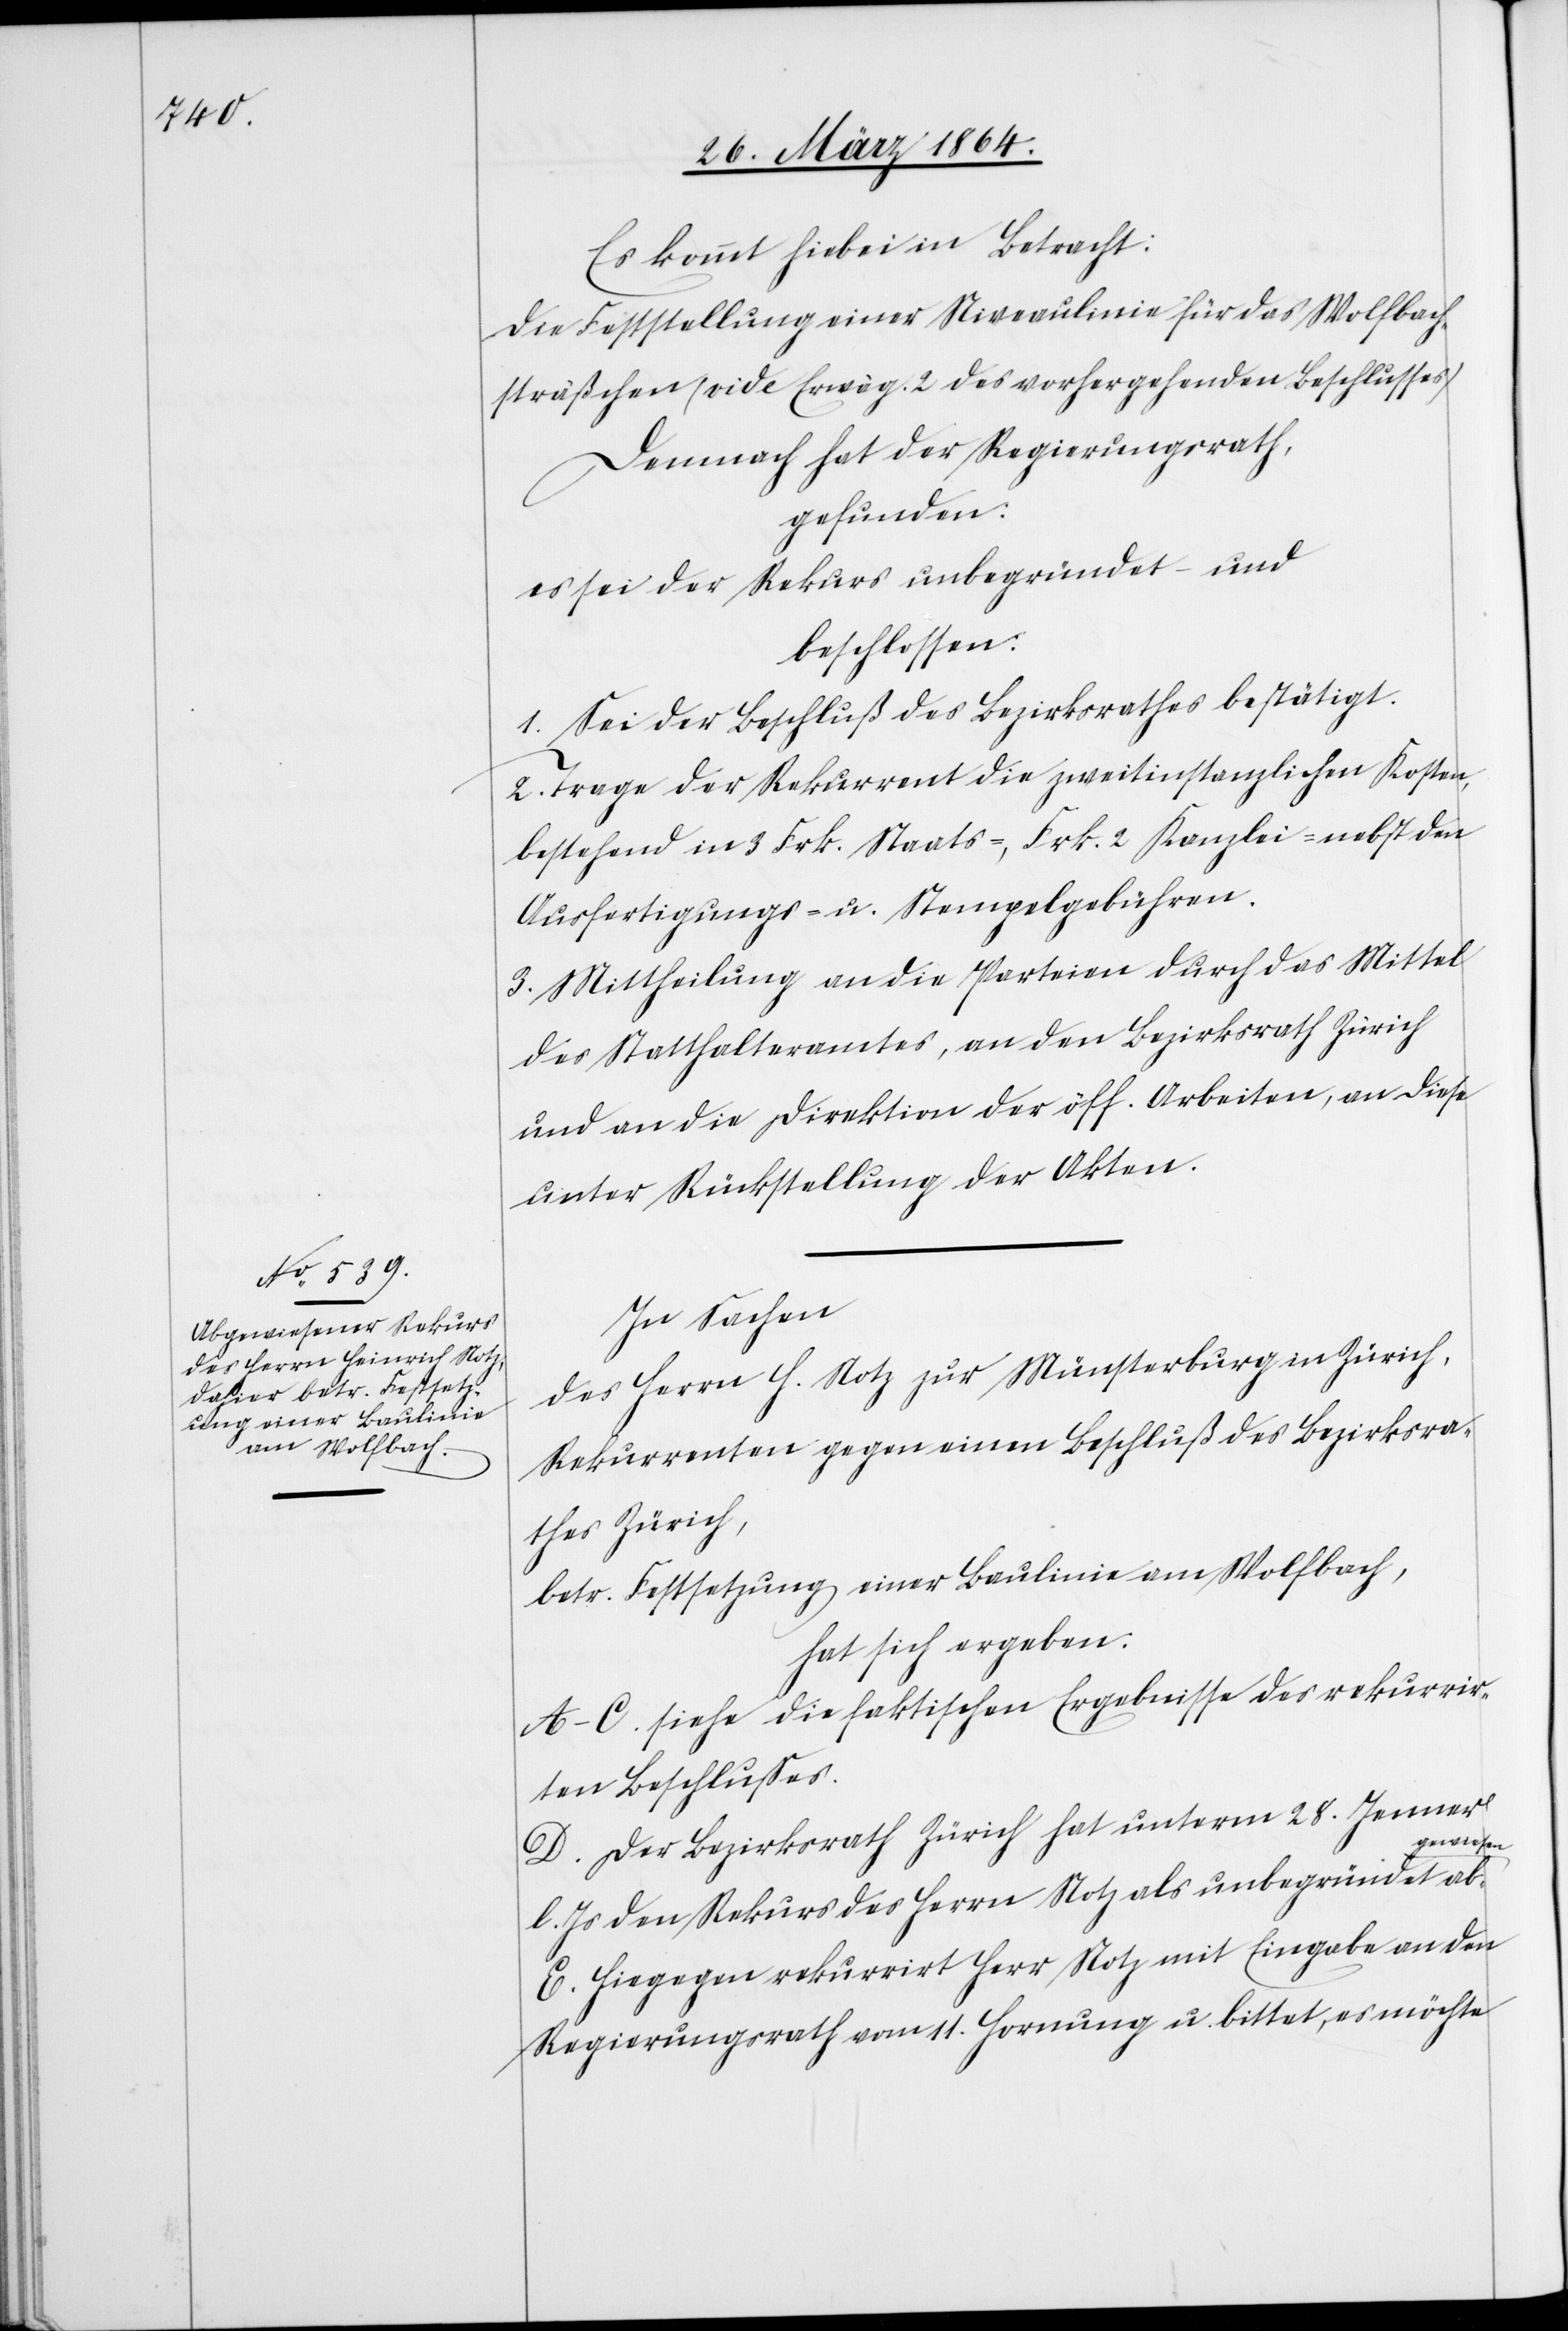
Es kommt hiebei in Betracht:
Die Feststellung einer Niveaulinie für das Wolfbach¬
sträßchen (vide Erwäg. 2 des vorhergehenden Beschlusses)
Demnach hat der Regierungsrath,
gefunden:
es sei der Rekurs unbegründet und
beschlossen:
1. Sei der Beschluß des Bezirksrathes bestätigt.
2. Trage der Rekurrent die zweitinstanzlichen Kosten,
bestehend in 3 Frk. Staats-, Frk. 2 Kanzlei- nebst den
Ausfertigungs- u. Stempelgebühren.
3. Mittheilung an die Parteien durch das Mittel
des Statthalteramtes, an den Bezirksrath Zürich
und an die Direktion der öff. Arbeiten, an diese
unter Rückstellung der Akten.
In Sachen
des Herrn H. Notz zur Münsterburg in Zürich,
Rekurrenten gegen einen Beschluß des Bezirksra¬
thes Zürich,
betr. Festsetzung einer Baulinie am Wolfbach,
hat sich ergeben.
A-C. siehe die faktischen Ergebnisse des rekurrir¬
ten Beschlusses.
D. Der Bezirksrath Zürich hat unterm 28. Jenner
gewiesen[.]
l. Js. den Rekurs des Herrn Notz als unbegründet ab¬
E. Hiegegen rekurrirt Herr Notz mit Eingabe an den
Regierungsrath vom 11. Hornung u. bittet, es möchte